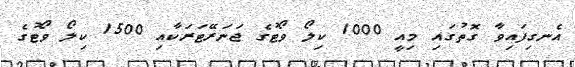
އެނގިފައިވާ ގޮތުގައި މިއީ 1000 ކިލޯ ވޯޓުގެ ޖަނަރޭޓަރަކާއި 1500 ކިލޯ ވޯޓުގެ